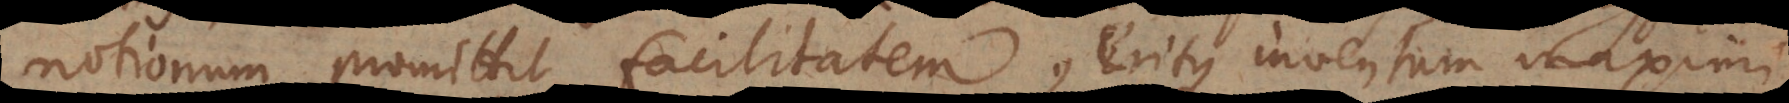
notionum, promittit facilitatem, eritque inventum maximi